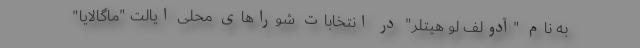
به نام "آدولف لو هیتلر" در انتخابات شوراهای محلی ایالت "ماگالایا"